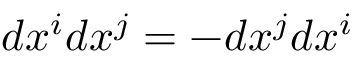
d x ^ { i } d x ^ { j } = - d x ^ { j } d x ^ { i }